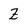
Character: Z